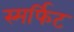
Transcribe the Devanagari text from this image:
स्मर्फिट